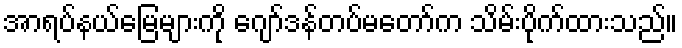
အာရပ်နယ်မြေများကို ဂျော်ဒန်တပ်မတော်က သိမ်းပိုက်ထားသည်။